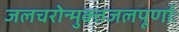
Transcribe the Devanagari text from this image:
जलचरोन्मुक्तजलपूर्णाः